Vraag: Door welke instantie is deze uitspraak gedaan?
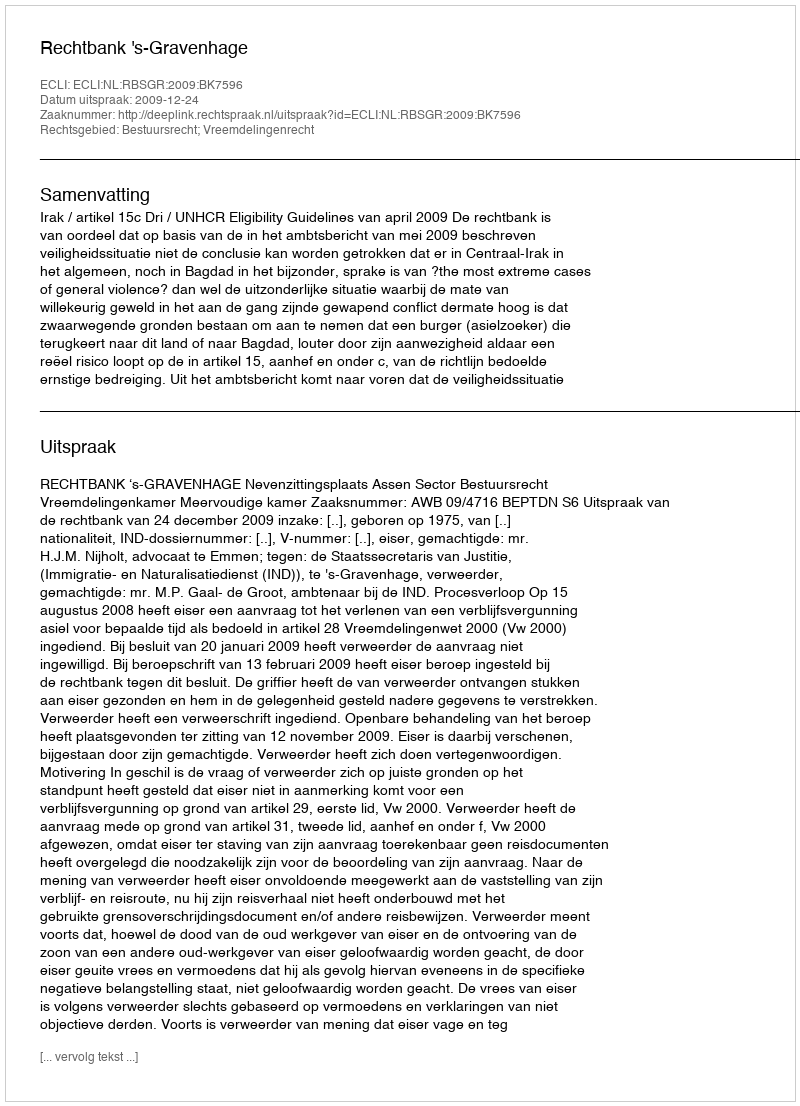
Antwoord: Rechtbank 's-Gravenhage